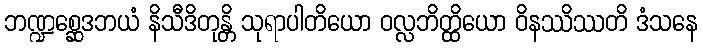
ဘဏ္ဍစ္ဆေဒဘယံ နိသီဒိတုန္တိ သုရာပါတိယော ဝလ္လဘိတ္ထိယော ဝိနဿိဿတိ ဒံသနေ